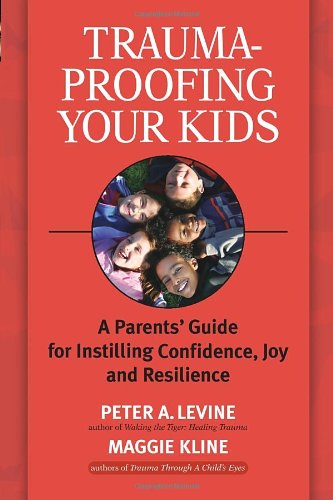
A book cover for Trauma-Proofing Your Kids: A Parents' Guide for Instilling Confidence, Joy and Resilience; Peter A. Levine Ph.D.; Health, Fitness & Dieting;